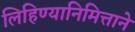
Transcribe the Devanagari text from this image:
लिहिण्यानिमित्ताने